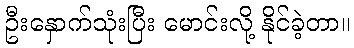
ဦးနှောက်သုံးပြီး မောင်းလို့ နိုင်ခဲ့တာ။